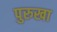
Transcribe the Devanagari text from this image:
पुरुखा